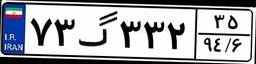
۷۳گ۳۳۲۳۵